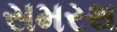
સમરથ